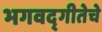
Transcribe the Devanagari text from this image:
भगवद्‌गीतेचे